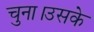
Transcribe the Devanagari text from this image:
चुना।उसके